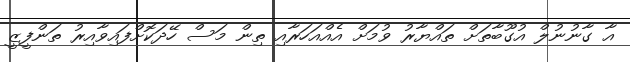
އާ ގާނުނުލް އުގޫބާތަށް ތައްޔާރު ވުމަށް އެއްއަހަރާއި ތިން މަސް ހޭދަކޮށްފައިވާއިރު ތަންފީޒީ